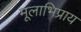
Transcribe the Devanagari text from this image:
मूलाभिप्राय